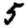
Digit: 5